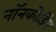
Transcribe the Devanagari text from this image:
नॉनकोडिंग